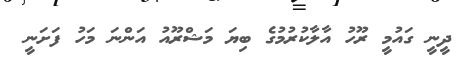
ދީނީ ގައުމީ ރޫހު އާލާކުރުމުގެ ބިޔަ މަޝްރޫއު އަންނަ މަހު ފަށަނީ